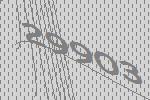
29903